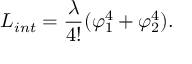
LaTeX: { \cal L } _ { i n t } = \frac { \lambda } { 4 ! } ( \varphi _ { 1 } ^ { 4 } + \varphi _ { 2 } ^ { 4 } ) .